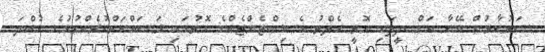
ސަރުކާރުން އޭނާ އަށް ދީފައި އޮތީ ހެލްތު އެސިސްޓެންޓެއްގެ ގޮތުގައި މަސައްކަތްކުރެއްވުމުގެ ހުއްދަ